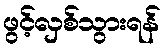
ဖွင့်လှစ်သွားရန်